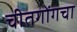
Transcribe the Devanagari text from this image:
चीतगोंगचा